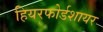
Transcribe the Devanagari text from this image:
हियरफोर्डशायर